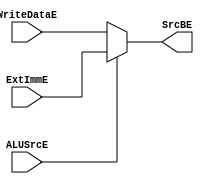
module mux_SrcBE2(input [31:0] WriteDataE, ExtImmE, input ALUSrcE, output [31:0] SrcBE);
     assign SrcBE = ALUSrcE ?  ExtImmE:WriteDataE;
endmodule